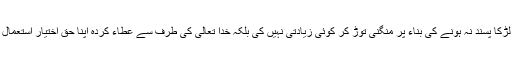
آپ نے لڑکا پسند نہ ہونے کی بناء پر منگنی توڑ کر کوئی زیادتی نہیں کی بلکہ خدا تعالیٰ کی طرف سے عطاء کردہ اپنا حقِ اختیار استعمال کیا ہے۔